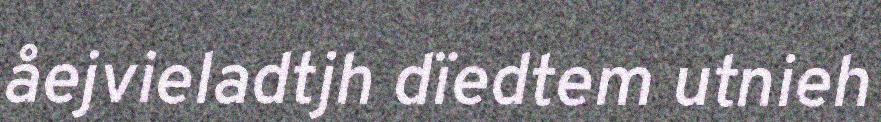
åejvieladtjh dïedtem utnieh